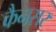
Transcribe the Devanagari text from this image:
कैनसर